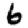
Digit: 6